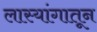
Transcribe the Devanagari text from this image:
लास्यांगातून